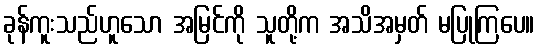
ခုန်ကူးသည်ဟူသော အမြင်ကို သူတို့က အသိအမှတ် မပြုကြပေ။